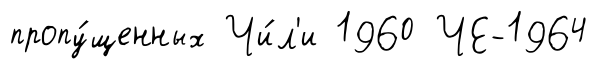
пропу́щенных Чи́л'и 1960 ЧЕ-1964